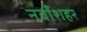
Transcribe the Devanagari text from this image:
नवाँशहर